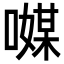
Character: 𠿃